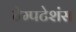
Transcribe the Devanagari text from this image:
टेम्पटेशंस